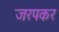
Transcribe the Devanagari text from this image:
जरपकर